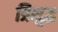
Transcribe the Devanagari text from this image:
त्रिशुद्ध